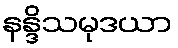
နန္ဒိသမုဒယာ